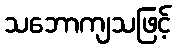
သဘောကျသဖြင့်